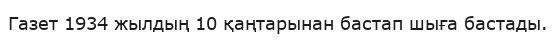
Газет 1934 жылдың 10 қаңтарынан бастап шыға бастады.